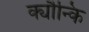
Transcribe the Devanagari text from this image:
क्यौन्कि